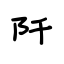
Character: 阡